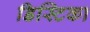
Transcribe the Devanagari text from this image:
डिस्टिका